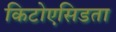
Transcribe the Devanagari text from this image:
किटोएसिडता